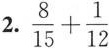
2.$$\frac { 8 } { 1 5 } + \frac { 1 } { 1 2 }$$